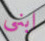
ابنى